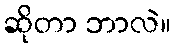
ဆိုတာ ဘာလဲ။